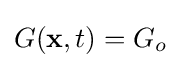
G(\mathbf {x} ,t)=G_{o}